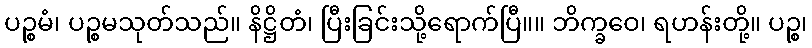
ပဉ္စမံ၊ ပဉ္စမသုတ်သည်။ နိဋ္ဌိတံ၊ ပြီးခြင်းသို့ရောက်ပြီ။။ ဘိက္ခဝေ၊ ရဟန်းတို့။ ပဉ္စ၊